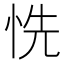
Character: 𢙝